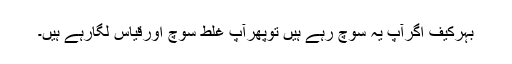
بہرکیف اگرآپ یہ سوچ رہے ہیں توپھرآپ غلط سوچ اورقیاس لگارہے ہیں۔